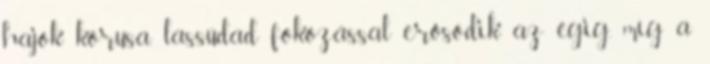
hajok kórusa, lassúdad fokozással erősödik az égig, míg a